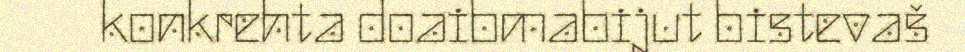
konkrehta doaibmabijut bistevaš